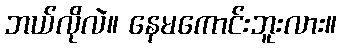
ဘယ်လိုလဲ။ နေမကောင်းဘူးလား။